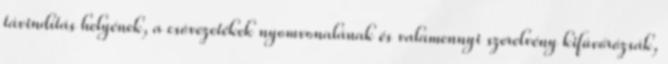
távindítás helyének, a csõvezetékek nyomvonalának és valamennyi szerelvény kifúvórózsák,